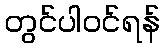
တွင်ပါဝင်ရန်